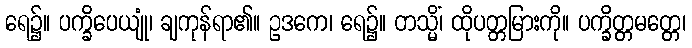
ရေ၌။ ပက္ခိပေယျုံ၊ ချကုန်ရာ၏။ ဥဒကေ၊ ရေ၌။ တသ္မိံ၊ ထိုပတ္တမြားကို။ ပက္ခိတ္တမတ္တေ၊